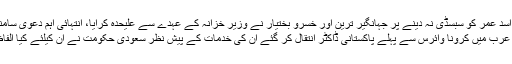
﻿ اسد عمر کو سبسڈی نہ دینے پر جہانگیر ترین اور خسرو بختیار نے وزیر خزانہ کے عہدے سے علیحدہ کرایا، انتہائی اہم دعویٰ سامنے آ گیا
سعودی عرب میں کرونا وائرس سے پہلے پاکستانی ڈاکٹر انتقال کر گئے ان کی خدمات کے پیش نظر سعودی حکومت نے ان کیلئے کیا الفاظ کہے؟